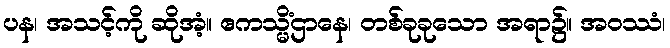
ပန၊ အသင့်ကို ဆိုအံ့။ ဧကသ္မိံဌာနေ၊ တစ်ခုခုသော အရာ၌။ အဝဿံ၊